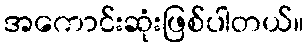
အကောင်းဆုံးဖြစ်ပါတယ်။